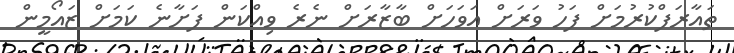
ތައާރަފްކުރުމަށް ފަހު ވަރަށް އަވަހަށް ބާޒާރަށް ނެރެ ވިއްކަން ފަށާނެ ކަމަށް ޒައޯމީން